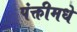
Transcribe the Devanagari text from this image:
पंक्तीमधे